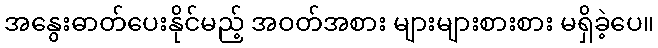
အနွေးဓာတ်ပေးနိုင်မည့် အဝတ်အစား များများစားစား မရှိခဲ့ပေ။